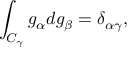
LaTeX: \int _ { C _ { \gamma } } g _ { \alpha } d g _ { \beta } = \delta _ { \alpha \gamma } ,